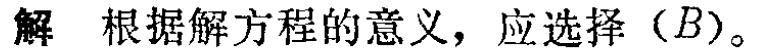
解 根据解方程的意义，应选择（B）。